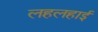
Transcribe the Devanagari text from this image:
लहलहाई